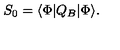
S _ { 0 } = \langle \Phi | Q _ { B } | \Phi \rangle .